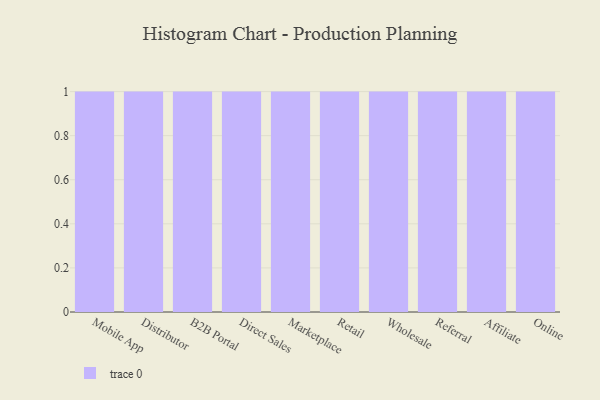
{"axis": {"x": "Channel", "y": "Churn Rate (%)"}, "legend": [""], "data": [{"x": "Mobile App", "y": 23, "type": ""}, {"x": "Distributor", "y": 14, "type": ""}, {"x": "B2B Portal", "y": 7, "type": ""}, {"x": "Direct Sales", "y": 52, "type": ""}, {"x": "Marketplace", "y": 63, "type": ""}, {"x": "Retail", "y": 19, "type": ""}, {"x": "Wholesale", "y": 98, "type": ""}, {"x": "Referral", "y": 74, "type": ""}, {"x": "Affiliate", "y": 54, "type": ""}, {"x": "Online", "y": 15, "type": ""}]}